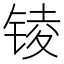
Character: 𨱋